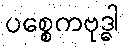
ပစ္စေကဗုဒ္ဓါ